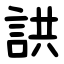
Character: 鿁